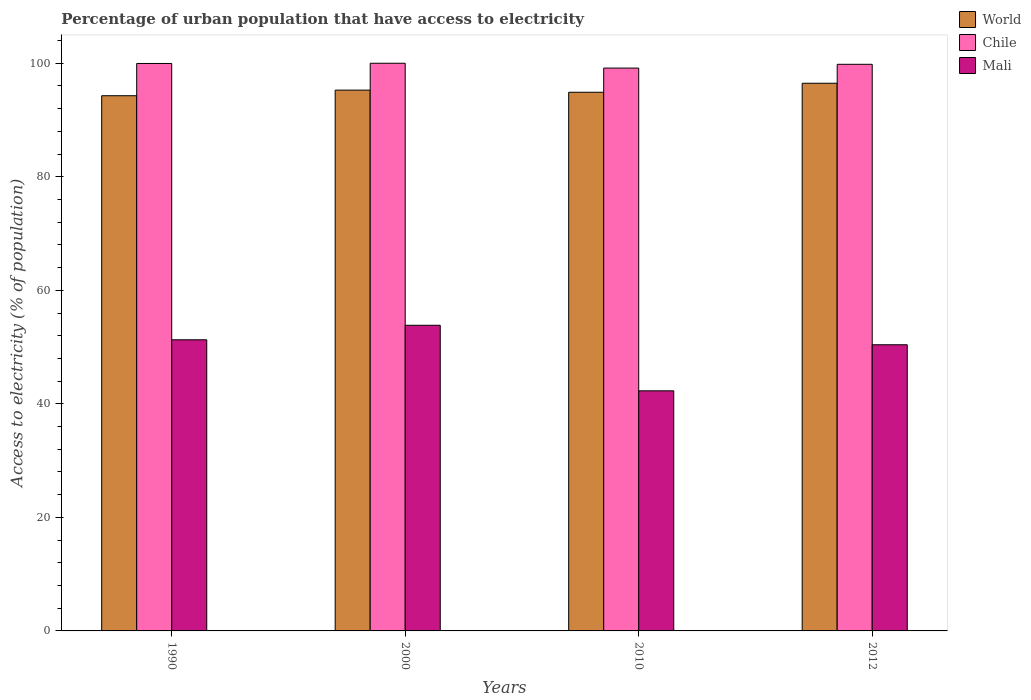
| Years | World | Chile | Mali |
 | --- | --- | --- | --- |
 | 1990 | 94.3 | 100 | 51.3 |
 | 2000 | 95.3 | 100 | 53.8 |
 | 2010 | 94.9 | 99.1 | 42.3 |
 | 2012 | 96.5 | 99.8 | 50.4 |